Source: Handwritten
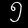
Digit: ၅ (5)